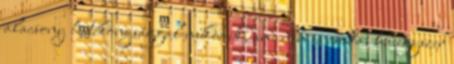
alacsony hatékonysággal működik, ami nem is cso­da, ha egyszer